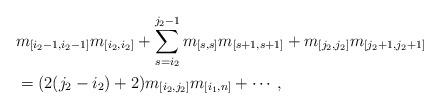
LaTeX: \begin{align*} & m_{[i_{2}-1,i_{2}-1]}m_{[i_{2},i_{2}]}+\sum_{s=i_{2}}^{j_{2}-1}m_{[s,s]}m_{[s+1,s+1]}+m_{[j_{2},j_{2}]}m_{[j_{2}+1,j_{2}+1]}\\&=(2(j_{2}-i_{2})+2)m_{[i_{2},j_{2}]}m_{[i_{1},n]}+\cdots, \end{align*}